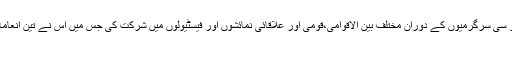
نے اپنی مختصر سی سرگرمیوں کے دوران مختلف بین الاقوامی،قومی اور علاقائی نمائشوں اور فیسٹیولوں میں شرکت کی جس میں اس نے تین انعامات حاصل کئے:
۱۔